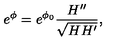
e ^ { \phi } = e ^ { \phi _ { 0 } } \frac { H ^ { \prime \prime } } { \sqrt { H H ^ { \prime } } } ,